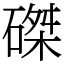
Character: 磔